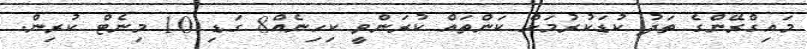
މައިގްރޭންގެ ތަދު ކުޑަކުރުމަށް ކަންތައް ކުރަންވީ ކިހިނެއް8 ގަޑި 10 މިނެޓް ކުރިން.